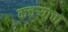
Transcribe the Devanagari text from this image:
कचऱ्याचा